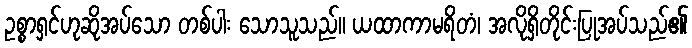
ဥစ္စာရှင်ဟုဆိုအပ်သော တစ်ပါး သောသူသည်။ ယထာကာမရိတံ၊ အလိုရှိတိုင်းပြုအပ်သည်၏